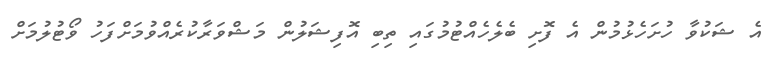
އެ ޝަކުވާ ހުށަހެޅުމުން އެ ފޮށި ބެލެހެއްޓުމުގައި ތިބި އޮފިޝަލުން މަޝްވަރާކުރެއްވުމަށްފަހު ވޯޓުލުމަށް